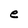
Character: e